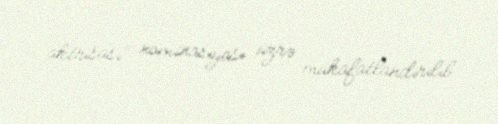
aktrisası" nominasiyası üzrə mükafatlandırılıb.